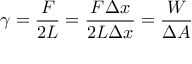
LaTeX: \gamma = { \frac { F } { 2 L } } = { \frac { F \Delta x } { 2 L \Delta x } } = { \frac { W } { \Delta A } }